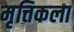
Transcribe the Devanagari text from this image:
मृत्तिकला